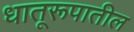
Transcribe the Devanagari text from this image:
धातूरूपातील